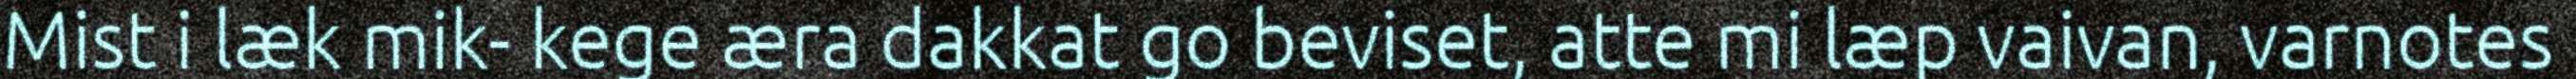
Mist i læk mik- kege æra dakkat go beviset, atte mi læp vaivan, varnotes